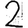
Digit: 2